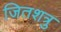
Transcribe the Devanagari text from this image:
जितशत्रु